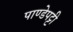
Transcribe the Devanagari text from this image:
पाण्डेपट्टी